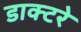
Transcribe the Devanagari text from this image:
डाक्टरे